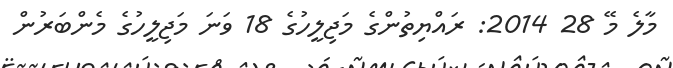
މާލެ މޭ 28 2014: ރައްޔިތުންގެ މަޖިލީހުގެ 18 ވަނަ މަޖިލީހުގެ މެންބަރުން